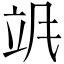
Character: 𬱻